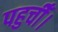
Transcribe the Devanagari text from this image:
पहुचीँ।